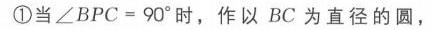
\textcircled{1}当\(\angle BPC = 90^{\circ}\)时，作以 \(BC\) 为直径的圆，